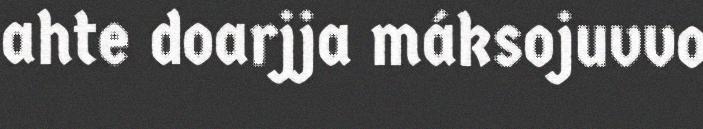
ahte doarjja máksojuvvo